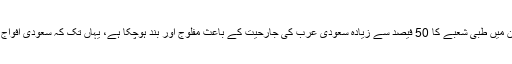
یمنی وزیر صحت نے مزید کہا کہ یمن میں طبی شعبے کا 50 فیصد سے زیادہ سعودی عرب کی جارحیت کے باعث مفلوج اور بند ہوچکا ہے، یہاں تک کہ سعودی افواج ایمبولینسوں کو بھی نشانہ بنا رہی ہیں۔